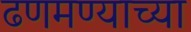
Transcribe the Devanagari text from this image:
ढणमण्याच्या